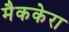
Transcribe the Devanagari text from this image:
मैककेरा